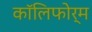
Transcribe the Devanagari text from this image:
कॉलिफोर्म